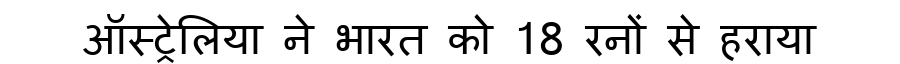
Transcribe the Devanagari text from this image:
ऑस्ट्रेलिया ने भारत को 18 रनों से हराया